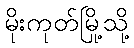
မိုးကုတ်မြို့သို့